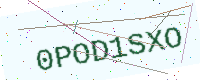
Text: 0POD1SXO